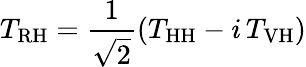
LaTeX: T_{\mathrm{RH}}=\frac{1}{\sqrt{2}}(T_{\mathrm{HH}}-i\, T_{\mathrm{VH}})